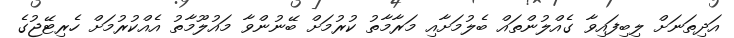
އަދިތަނަށް ލިބިފައިވާ ގެއްލުންތައް ބެލުމަށާއި މަރާމާތު ކުރުމަށް ބޭނުންވާ މައުލޫމާތު އެއްކުރުމަށް ހެރިޓޭޖުގެ